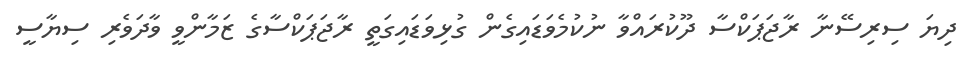
ދިޔަ ސިރިސޭނާ ރާޖަޕަކްސާ ދޫކުރައްވާ ނުކުމެވަޑައިގެން ގުޅިވަޑައިގަތީ ރާޖަޕަކްސާގެ ޒަމާންވީ ވާދަވެރި ސިޔާސީ